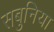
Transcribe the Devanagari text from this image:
सबुनिया